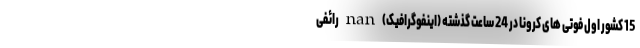
15 کشور اول فوتی های کرونا در 24 ساعت گذشته (اینفوگرافیک) nan رائفی